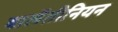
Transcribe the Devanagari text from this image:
बालेंतीनियन